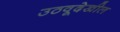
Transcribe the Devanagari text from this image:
उठवूदेखील